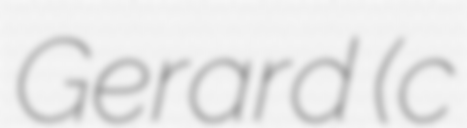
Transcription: Gerard (c